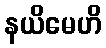
နယိမေဟိ